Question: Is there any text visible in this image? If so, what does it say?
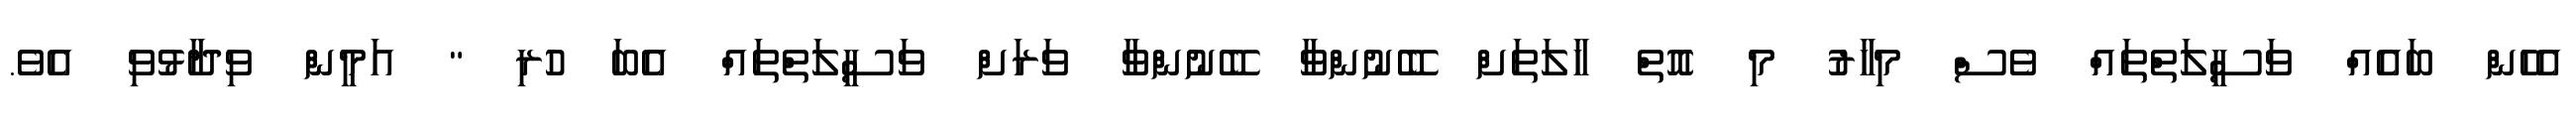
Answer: އެހެން ބައެއް ވަސީލަތްތައް ވެސް މިހާރު މި އޮތް ހާލަތަށް ބޭނުންވާ ބޭނުންވާ ވަރަށް ވަސީލަތްތައް އެބަ ހުރި " އަމީން ވިދާޅުވި އެވެ.